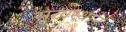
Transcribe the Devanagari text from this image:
सुखस्थान